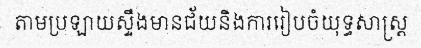
តាមប្រឡាយស្ទឹងមានជ័យនិងការរៀបចំយុទ្ធសាស្ត្រ